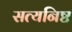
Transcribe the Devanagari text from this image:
सत्यनिष्ट